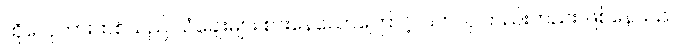
ထိုလှေကားထစ်သည် သံချေးများ စားနေသောကြောင့် ပြက်လု တည်းတည်း ဖြစ်နေသည်။